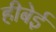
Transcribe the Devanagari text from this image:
हीबेई